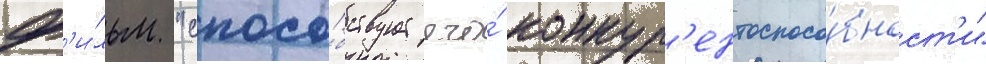
ф'и́льм "спосо́бствует его́ конкур'ентоспосо́бност'и"